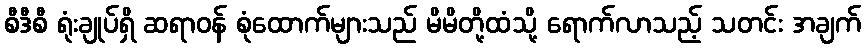
စီဒီစီ ရုံးချုပ်ရှိ ဆရာဝန် စုံထောက်များသည် မိမိတို့ထံသို့ ရောက်လာသည့် သတင်း အချက်